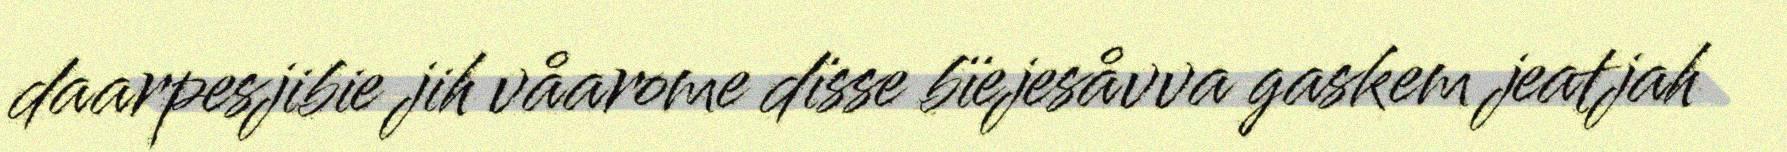
daarpesjibie jih våarome dïsse bïejesåvva gaskem jeatjah